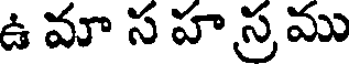
ఉ మా స హ స్ర ము